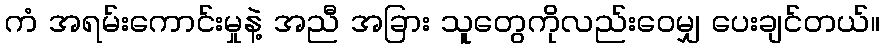
ကံ အရမ်းကောင်းမှုနဲ့ အညီ အခြား သူတွေကိုလည်းဝေမျှ ပေးချင်တယ်။